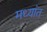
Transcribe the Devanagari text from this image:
मध्यांत